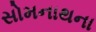
સોમનાથના